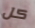
كل